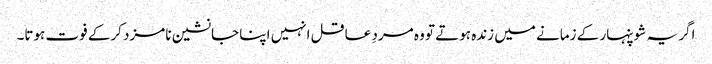
اگر یہ شوپنہار کے زمانے میں زندہ ہوتے تو وہ مردِ عاقل انہیں اپنا جانشین نامزد کرکے فوت ہوتا۔